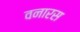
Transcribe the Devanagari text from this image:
वनारस